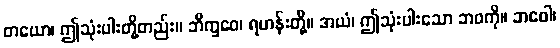
တယော၊ ဤသုံးပါးတို့တည်း။ ဘိက္ခဝေ၊ ရဟန်းတို့။ အယံ၊ ဤသုံးပါးသော ဘဝကို။ ဘဝေါ၊